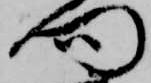
門